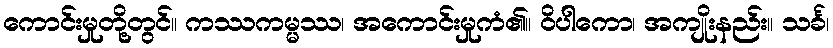
ကောင်းမှုတို့တွင်။ ကဿကမ္မဿ၊ အကောင်းမှုကံ၏။ ဝိပါကော၊ အကျိုးနည်း။ သင်္ခ၊